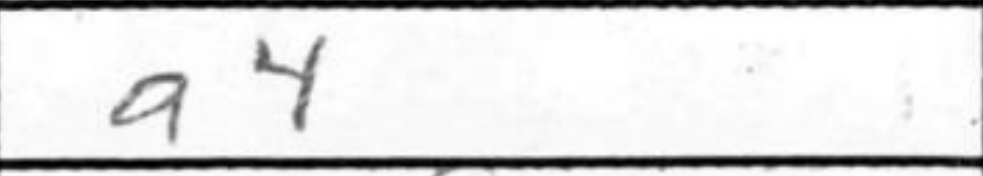
Transcription: a4